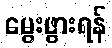
မွေးဖွားရန်